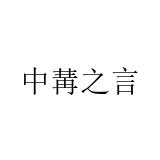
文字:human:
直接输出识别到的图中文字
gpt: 中冓之言